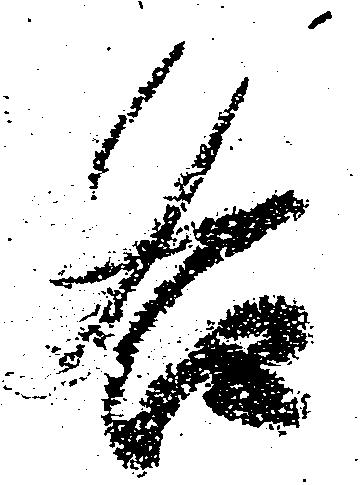
各